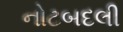
નોટબદલી